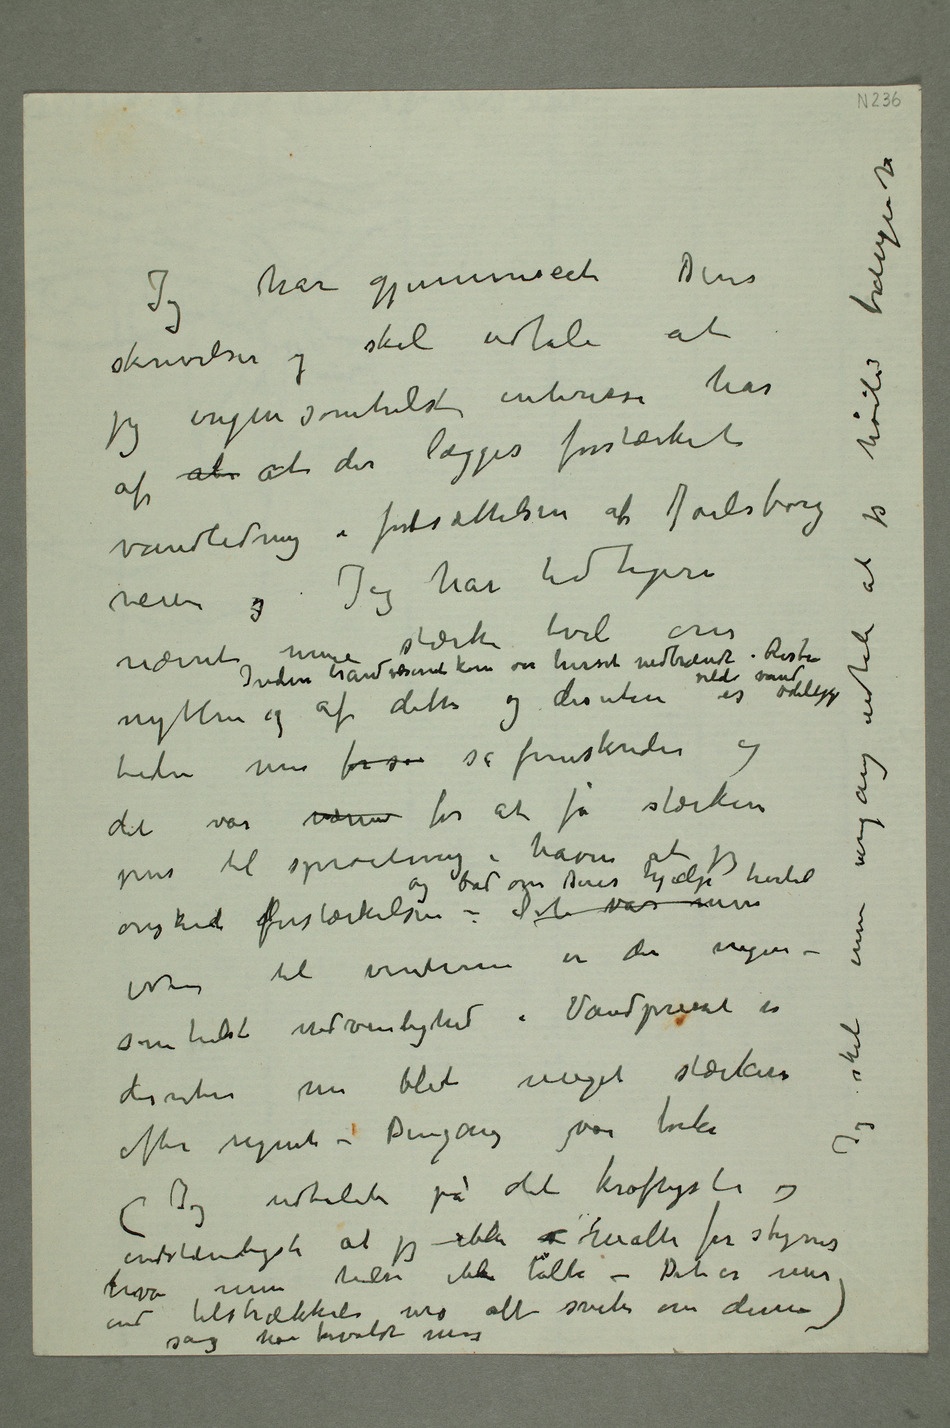
Jeg
har gennemseet Deres skrivelser og
skal udtale at
at at der lægges forstærket
vandledning i fortsættelsen af Jarlsborg
veien og Jeg har tidligere nævnt mine
stærke tvil om
Inden brandvæsenet kom var huset nedbrændt. Resten vilde vand
pres til sprøitning i haven at jeg
til vinteren er
der ingen-
som helst nødvendighed – Vandpresset er
desuten nu blit meget stærkere
udtalete på det kraftigste og
indstændigste at jeg ikke  måtte forstyrres hva
min helse ikke tålte – Det er mer
end tilstrækkeli uro all svete over denne
sag har forvoldt mig)